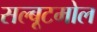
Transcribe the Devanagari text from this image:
सल्बूटमोल